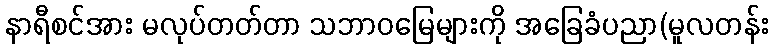
နာရီစင်အား မလုပ်တတ်တာ သဘာဝမြေများကို အခြေခံပညာ(မူလတန်း